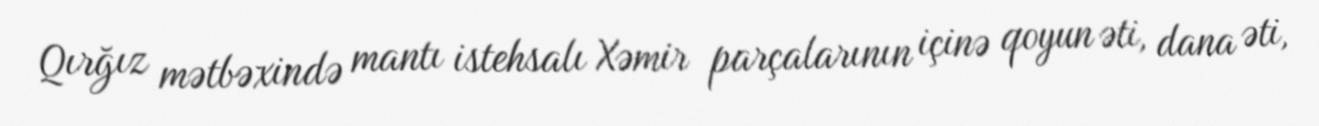
Qırğız mətbəxində mantı istehsalı Xəmir parçalarının içinə qoyun əti, dana əti,